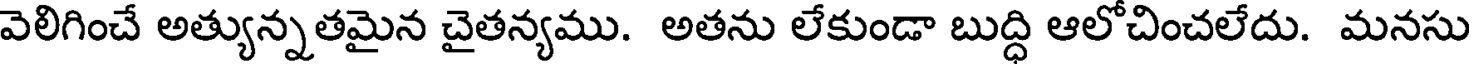
వెలిగించే అత్యున్నతమైన చైతన్యము. అతను లేకుండా బుద్ధి ఆలోచించలేదు. మనసు